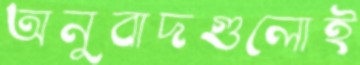
অনুবাদগুলোই